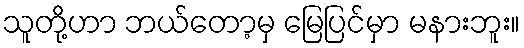
သူတို့ဟာ ဘယ်တော့မှ မြေပြင်မှာ မနားဘူး။